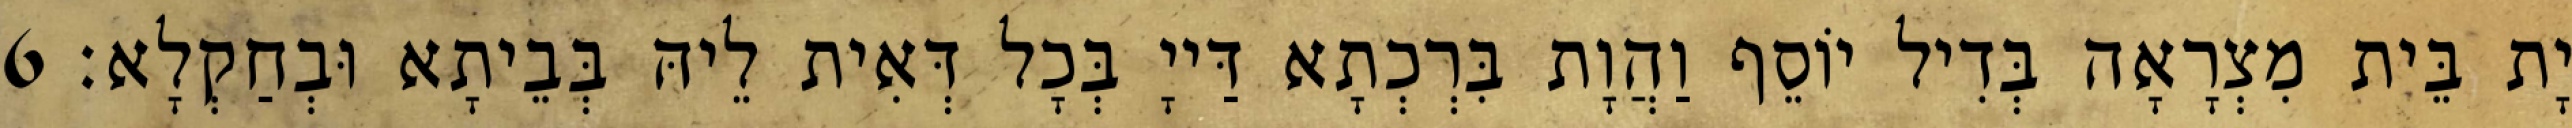
יָת בֵּית מִצְרָאָה בְּדִיל יוֹסֵף וַהֲוָת בִּרְכְתָא דַּייָ בְּכָל דְּאִית לֵיהּ בְּבֵיתָא וּבְחַקְלָא׃ 6